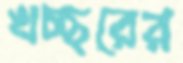
খচ্ছরের